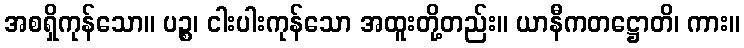
အစရှိကုန်သော။ ပဉ္စ၊ ငါးပါးကုန်သော အထူးတို့တည်း။ ယာနီကတဋ္ဌောတိ၊ ကား။